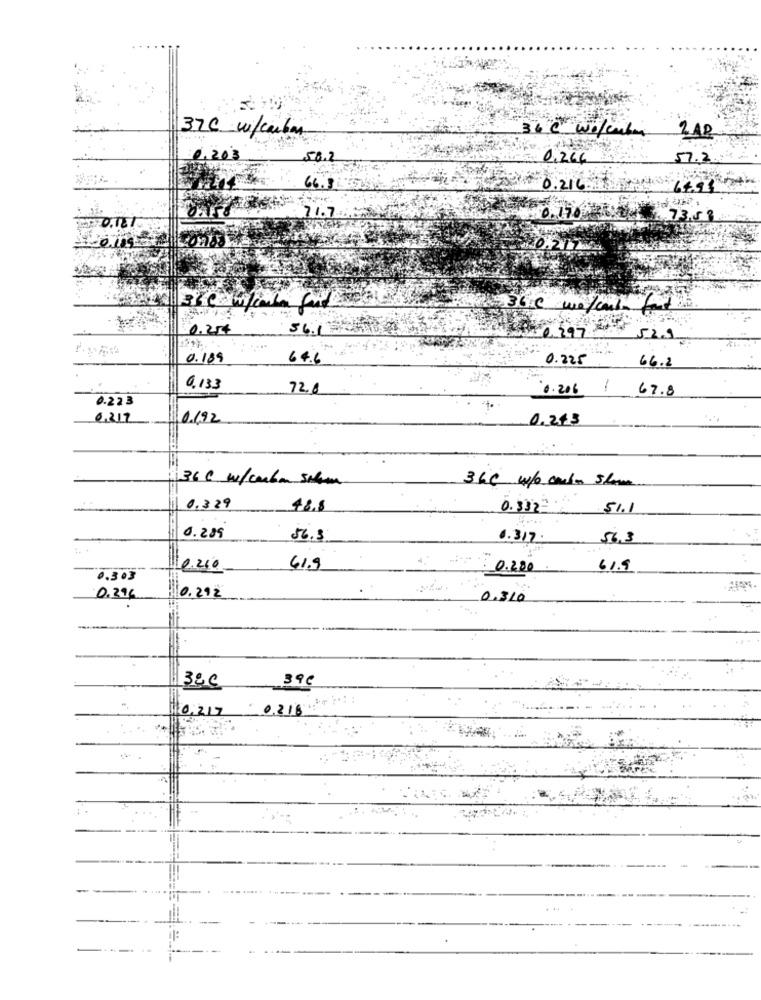
370 w/carbon
wo/cabo
0.20
0,266
57.2
66.8
0.216-
71.7
0,12
0.170
73.5
0.212
36 € we/cant for the
0.25€
2.397
529
0.189
64.6
0.225
66.2
0,133
72.8
0.206 /
67.8
0.223
0,217
0.192
0.213
36 C. w/carbon salam
36C w/o cando skom
0.339
48.8
0.332=
51.1
0.289
56.3
0.317.
56.3
10.200
61.9
0.200
61.9
0.303
0.294
0 . 292
0.310
390
320
0,217
0.218